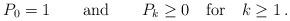
LaTeX: \begin{align*} P_0=1 \qquad {\rm and} \qquad P_k \geq 0 \quad {\rm for} \quad k \geq 1 \,.\end{align*}